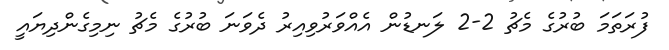
ފުރަތަމަ ބުރުގެ މެޗު 2-2 ލަނޑުން އެއްވަރުވިއިރު ދެވަނަ ބުރުގެ މެޗު ނިމިގެންދިޔައީ